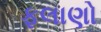
ફલાણો